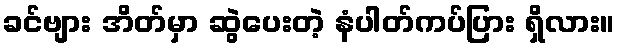
ခင်ဗျား အိတ်မှာ ဆွဲပေးတဲ့ နံပါတ်ကပ်ပြား ရှိလား။